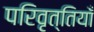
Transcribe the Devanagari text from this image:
परिवृत्तियाँ